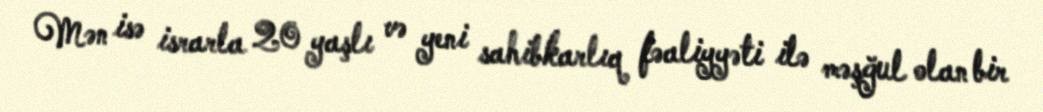
Mən isə israrla 20 yaşlı və yeni sahibkarlıq fəaliyyəti ilə məşğul olan bir